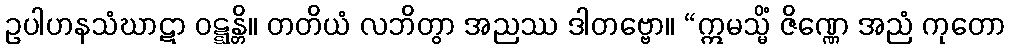
ဥပါဟနသံဃာဋာ ဝဋ္ဋန္တိ။ တတိယံ လဘိတွာ အညဿ ဒါတဗ္ဗော။ “ဣမသ္မိံ ဇိဏ္ဏေ အညံ ကုတော